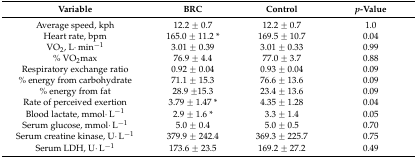
<table><thead><tr><td><b>Variable</b></td><td><b>BRC</b></td><td><b>Control</b></td><td><b><i>p</i>-Value</b></td></tr></thead><tbody><tr><td>Average speed, kph</td><td>12.2 ± 0.7</td><td>12.2 ± 0.7</td><td>1.0</td></tr><tr><td>Heart rate, bpm</td><td>165.0 ± 11.2 *</td><td>169.5 ± 10.7</td><td>0.04</td></tr><tr><td>VO<sub>2</sub>, L·min<sup>−1</sup></td><td>3.01 ± 0.39</td><td>3.01 ± 0.33</td><td>0.99</td></tr><tr><td>% VO<sub>2</sub>max</td><td>76.9 ± 4.4</td><td>77.0 ± 3.7</td><td>0.88</td></tr><tr><td>Respiratory exchange ratio</td><td>0.92 ± 0.04</td><td>0.93 ± 0.04</td><td>0.09</td></tr><tr><td>% energy from carbohydrate</td><td>71.1 ± 15.3</td><td>76.6 ± 13.6</td><td>0.09</td></tr><tr><td>% energy from fat</td><td>28.9 ±15.3</td><td>23.4 ± 13.6</td><td>0.09</td></tr><tr><td>Rate of perceived exertion</td><td>3.79 ± 1.47 *</td><td>4.35 ± 1.28</td><td>0.04</td></tr><tr><td>Blood lactate, mmol·L<sup>−1</sup></td><td>2.9 ± 1.6 *</td><td>3.3 ± 1.4</td><td>0.05</td></tr><tr><td>Serum glucose, mmol·L<sup>−1</sup></td><td>5.0 ± 0.4</td><td>5.0 ± 0.5</td><td>0.70</td></tr><tr><td>Serum creatine kinase, U·L<sup>−1</sup></td><td>379.9 ± 242.4</td><td>369.3 ± 225.7</td><td>0.75</td></tr><tr><td>Serum LDH, U·L<sup>−1</sup></td><td>173.6 ± 23.5</td><td>169.2 ± 27.2</td><td>0.49</td></tr></tbody></table>